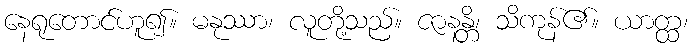
နေရုတောင်ဟူ၍။ မနုဿာ၊ လူတို့သည်။ ဇာနန္တိ၊ သိကုန်၏။ ယာတ္ထ၊